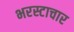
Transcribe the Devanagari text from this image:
भरस्टाचार